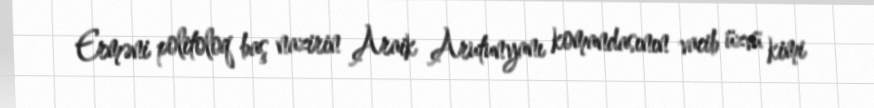
Erməni politoloq baş nazirin Araik Arutunyanı komandasının vacib üzvü kimi